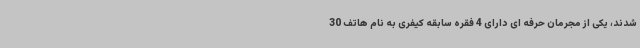
شدند، یکی از مجرمان حرفه ای دارای 4 فقره سابقه کیفری به نام هاتف 30